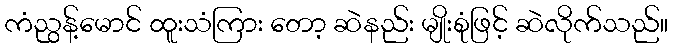
ကံညွန့်မောင် ထူးသံကြား တော့ ဆဲနည်း မျိုးစုံဖြင့် ဆဲလိုက်သည်။